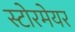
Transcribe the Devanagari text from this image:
स्टोरमेयर